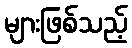
များဖြစ်သည့်